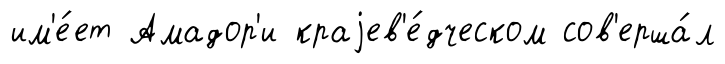
им'е́ет Амадор'и краjев'е́дческом сов'ерша́л